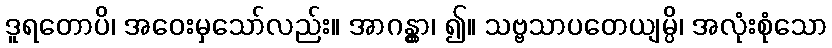
ဒူရတောပိ၊ အဝေးမှသော်လည်း။ အာဂန္တွာ၊ ၍။ သဗ္ဗသာပတေယျမ္ပိ၊ အလုံးစုံသော